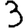
Digit: 3